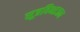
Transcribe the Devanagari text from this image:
सूत्रविभाजन